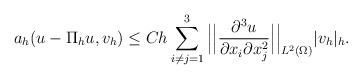
LaTeX: \begin{align*}a_h(u-\Pi_h u,v_h)\leq Ch\sum_{i\neq j=1}^3\Big|\Big|\frac{\partial^3u}{\partial x_i\partial x_j^2}\Big|\Big|_{L^2(\Omega)}|v_h|_h.\end{align*}